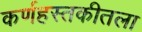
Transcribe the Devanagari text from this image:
कर्णहस्तकीतला